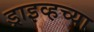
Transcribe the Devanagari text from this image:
ड्राइव्हच्या